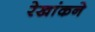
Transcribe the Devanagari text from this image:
रेखांकने